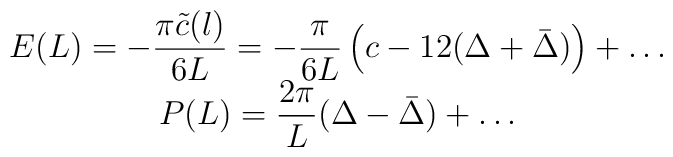
\begin{array}{c}\displaystyle E(L)=-\displaystyle\frac{\pi \tilde{c}(l)}{6L}=-\displaystyle\frac{\pi }{6L}\left( c-12(\Delta +\bar{\Delta })\right) +\ldots \\P(L)=\displaystyle\frac{2\pi }{L}(\Delta -\bar{\Delta })+\ldots \end{array}